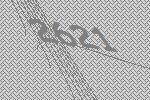
2621